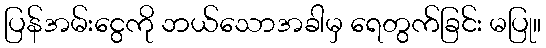
ပြန်အမ်းငွေကို ဘယ်သောအခါမှ ရေတွက်ခြင်း မပြု။